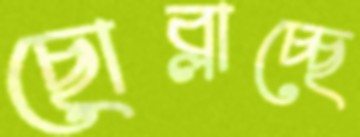
ছোব্‌লাচ্ছে